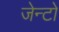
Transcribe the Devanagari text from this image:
जेन्टो